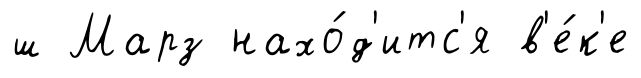
ш Марз нахо́д'итс'я в'е́к'е